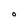
Character: O